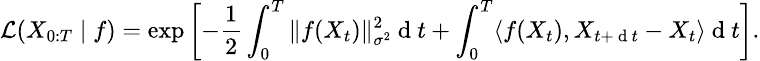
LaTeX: \small\mathcal{L}(X_{0:T}\mid f)=\exp\left[-\frac{1}{2}\int_{0}^{T}\| f(X_{t})\| _{\sigma^{2}}^{2}\mathrm{~d~}t+\int_{0}^{T}\langle f(X_{t}),X_{t+\mathrm{~d~}t}-X_{t}\rangle\mathrm{~d~}t\right].